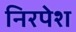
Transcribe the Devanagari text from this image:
निरपेश